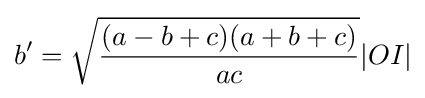
b^{\prime }={\sqrt {\frac {(a-b+c)(a+b+c)}{ac}}}|OI|